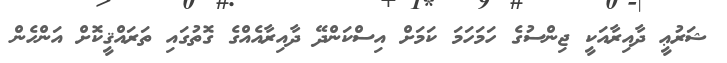
ޝަރުޢީ ދާއިރާއަކީ ޖިންސުގެ ހަމަހަމަ ކަމަށް އިސްކަންދޭ ދާއިރާއެއްގެ ގޮތުގައި ތަރައްޤީކޮށް އަންހެން